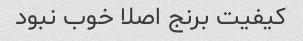
کیفیت برنج اصلا خوب نبود